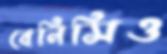
বেনিসিও